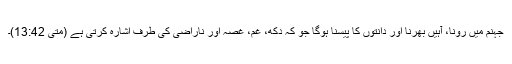
جہنم میں رونا، آہیں بھرنا اور دانتوں کا پیسنا ہوگا جو کہ دکھ، غم، غصہ اور ناراضی کی طرف اشارہ کرتی ہے (متی 13:42)۔